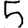
Digit: 5